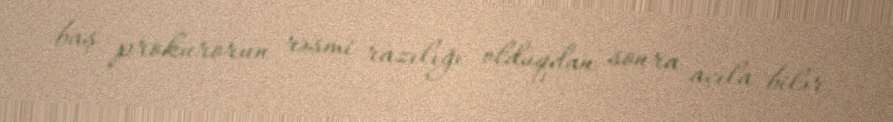
baş prokurorun rəsmi razılığı olduqdan sonra açıla bilər.